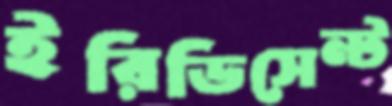
ইরিডিসেন্ট